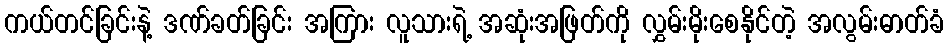
ကယ်တင်ခြင်းနဲ့ ဒဏ်ခတ်ခြင်း အကြား လူသားရဲ့ အဆုံးအဖြတ်ကို လွှမ်းမိုးစေနိုင်တဲ့ အလွမ်းဓာတ်ခံ